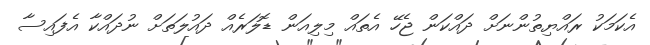
އެކަމަކު ރައްޔިތުންނަށް ދައްކަން ޖެހޭ އެތައް މިލިއަން ޑޮލަރެއް ދައުލަތަށް ނުދައްކާ އެފައިސާ